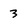
Character: 3